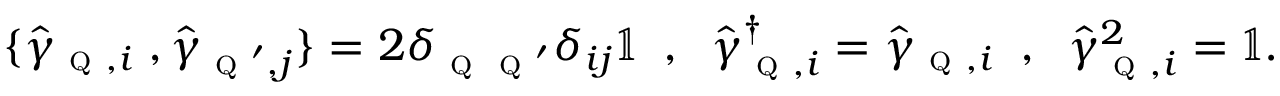
\begin{array} { r } { \{ \hat { \gamma } _ { \textsc { q } , i } \; , \hat { \gamma } _ { \textsc { q } ^ { \prime } , j } \} = 2 \delta _ { \textsc { q } \textsc { q } ^ { \prime } } \delta _ { i j } \mathbb { 1 } \; \; , \; \; \hat { \gamma } _ { \textsc { q } , i } ^ { \dagger } = \hat { \gamma } _ { \textsc { q } , i } \; \; , \; \; \hat { \gamma } _ { \textsc { q } , i } ^ { 2 } = \mathbb { 1 } . } \end{array}